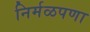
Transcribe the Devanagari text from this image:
निर्मळपणा